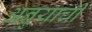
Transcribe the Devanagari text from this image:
अनुयाची